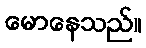
မောနေသည်။